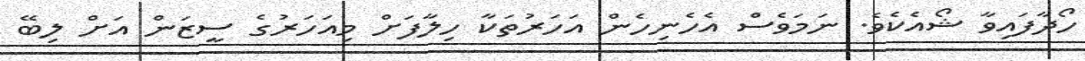
ހޯދާފައިވާ ޝޯއެކެވެ. ނަމަވެސް އެހެނިހެން އަހަރުތަކާ ހިލާފަށް މިއަހަރުގެ ސީޒަން އަށް ލިބޭ